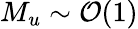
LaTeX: M_{u}\sim\mathcal{O}(1)